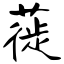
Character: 蓰